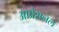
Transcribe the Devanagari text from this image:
आप्रेशनल